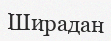
Ширадан